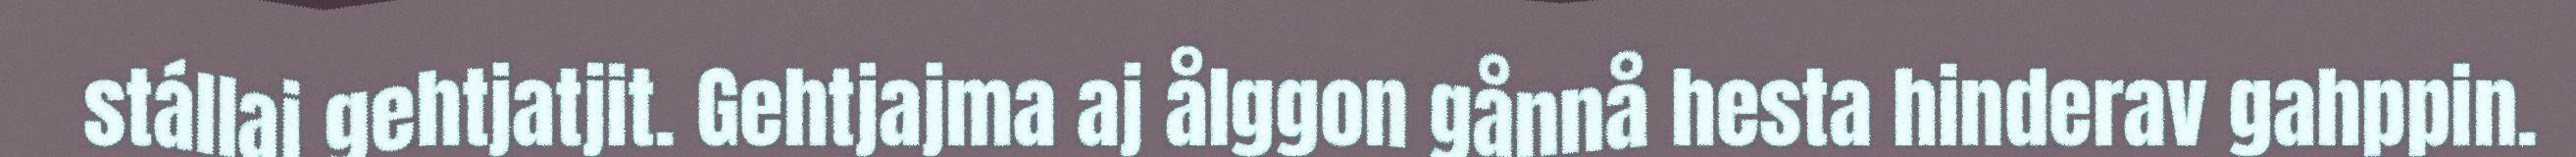
stállaj gehtjatjit. Gehtjajma aj ålggon gånnå hesta hinderav gahppin.